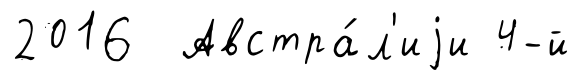
2016 Австра́л'иjи 4-й